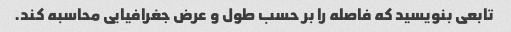
تابعی بنویسید که فاصله را بر حسب طول و عرض جغرافیایی محاسبه کند.